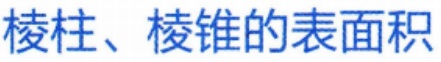
棱柱、棱锥的表面积